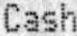
CASH